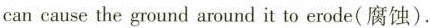
can cause the ground around it to erode(腐蚀).